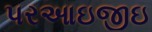
પરઆઇજીઇ